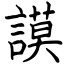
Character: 謨